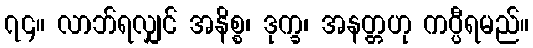
၇၄။ လာဘ်ရလျှင် အနိစ္စ၊ ဒုက္ခ၊ အနတ္တဟု ကပ္ပီရမည်။